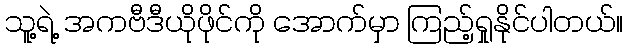
သူ့ရဲ့ အကဗီဒီယိုဖိုင်ကို အောက်မှာ ကြည့်ရှုနိုင်ပါတယ်။